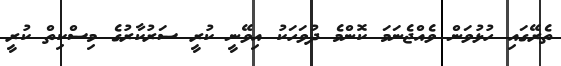
ތެރޭގައި ހުޅުވަން ވެއްޖެނަމަ ކޮންމެ ދުވަހަކު އިވޭނީ ކުރީ ސަރުކާރުގެ މިސްކިތް ކުރީ